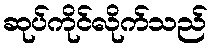
ဆုပ်ကိုင်လိုက်သည်